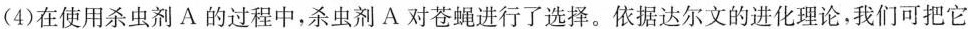
(4)在使用杀虫剂A的过程中，杀虫剂A对苍蝇进行了选择。依据达尔文的进化理论，我们可把它